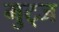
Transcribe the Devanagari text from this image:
मुट्‌ज